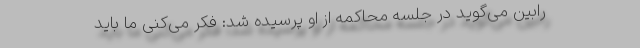
رابین می‌گوید در جلسه محاکمه از او پرسیده شد: فکر می‌کنی ما باید